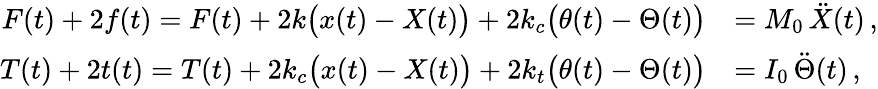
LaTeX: \begin{array}{rl}{F(t)+2f(t)=F(t)+2k\big(x(t)-X(t)\big)+2k_{c}\big(\theta(t)-\Theta(t)\big)}&{=M_{0}\, \ddot{X}(t)\, ,}\\ {T(t)+2t(t)=T(t)+2k_{c}\big(x(t)-X(t)\big)+2k_{t}\big(\theta(t)-\Theta(t)\big)}&{=I_{0}\, \ddot{\Theta}(t)\, ,}\end{array}